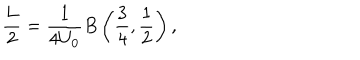
\frac { L } { 2 } = \frac { 1 } { 4 U _ { 0 } } B \left( \frac { 3 } { 4 } , \frac { 1 } { 2 } \right) ,